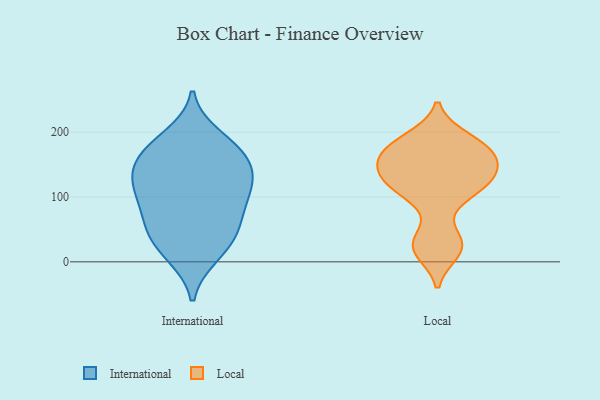
{"axis": {"x": "Headcount", "y": "Value"}, "legend": ["International", "Local"], "data": [{"x": "", "y": 111, "type": "International"}, {"x": "", "y": 172, "type": "International"}, {"x": "", "y": 178, "type": "International"}, {"x": "", "y": 159, "type": "International"}, {"x": "", "y": 87, "type": "International"}, {"x": "", "y": 131, "type": "International"}, {"x": "", "y": 54, "type": "International"}, {"x": "", "y": 120, "type": "International"}, {"x": "", "y": 15, "type": "International"}, {"x": "", "y": 74, "type": "International"}, {"x": "", "y": 134, "type": "International"}, {"x": "", "y": 41, "type": "International"}, {"x": "", "y": 193, "type": "International"}, {"x": "", "y": 107, "type": "International"}, {"x": "", "y": 10, "type": "International"}, {"x": "", "y": 157, "type": "International"}, {"x": "", "y": 47, "type": "International"}, {"x": "", "y": 28, "type": "Local"}, {"x": "", "y": 16, "type": "Local"}, {"x": "", "y": 160, "type": "Local"}, {"x": "", "y": 181, "type": "Local"}, {"x": "", "y": 30, "type": "Local"}, {"x": "", "y": 163, "type": "Local"}, {"x": "", "y": 177, "type": "Local"}, {"x": "", "y": 150, "type": "Local"}, {"x": "", "y": 131, "type": "Local"}, {"x": "", "y": 133, "type": "Local"}, {"x": "", "y": 123, "type": "Local"}, {"x": "", "y": 190, "type": "Local"}, {"x": "", "y": 103, "type": "Local"}, {"x": "", "y": 110, "type": "Local"}]}